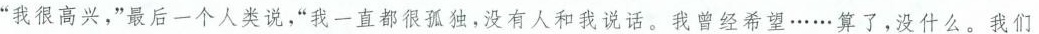
“我很高兴，”最后一个人说，“我一直都很孤独，没有人和我说话。我曾经希望……算了，没什么。我们